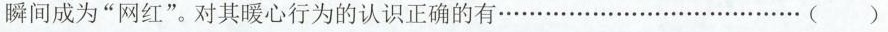
瞬间成为”网红”。对其暖心行为的认识正确的有…… ()